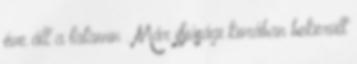
éve áll a tatamin . Már ifjúsági korában bekerült